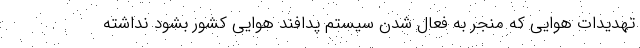
تهدیدات هوایی که منجر به فعال شدن سیستم پدافند هوایی کشور بشود نداشته